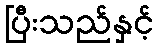
ပြီးသည်နှင့်